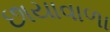
છાયાવાળા